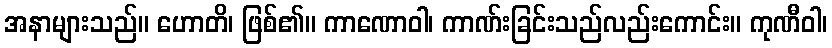
အနာများသည်။ ဟောတိ၊ ဖြစ်၏။ ကာဏောဝါ၊ ကာဏ်းခြင်းသည်လည်းကောင်း။ ကုဏီဝါ၊